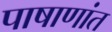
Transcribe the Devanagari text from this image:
पाषाणांत